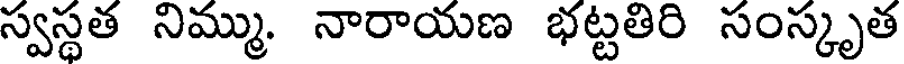
స్వస్థత నిమ్ము. నారాయణ భట్టతిరి సంస్కృత